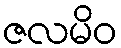
ဇလမိဝ